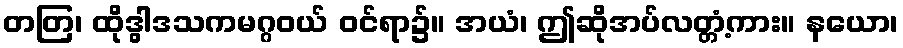
တတြ၊ ထိုဒွါဒသကမဂ္ဂဝယ် ဝင်ရာ၌။ အယံ၊ ဤဆိုအပ်လတ္တံ့ကား။ နယော၊